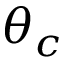
\theta _ { c }